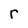
Character: r